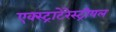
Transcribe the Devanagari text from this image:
एक्स्ट्राटेरेस्ट्रीयल